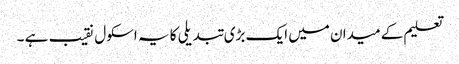
تعلیم کے میدان میں ایک بڑی تبدیلی کا یہ اسکول نقیب ہے ۔